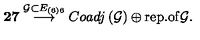
{ \bf 2 7 } \stackrel { \mathcal { G } \subset E _ { \left( 6 \right) 6 } } { \longrightarrow } C o a d j \left( \mathcal { G } \right) \oplus \mathrm { r e p . o f } \mathcal { G } .